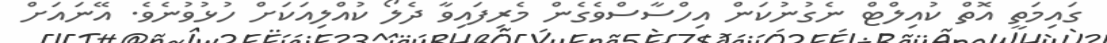
ގައިމަތީ އޮތް ކުއިލްޓް ނެގުނުކަން އިހްސާސްވެގެން މެރިފައިވާ ދެލޯ ކުއްލިއަކަށް ހުޅުވުނެވެ. އޭނައަށް